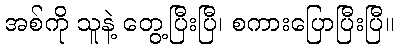
အစ်ကို သူနဲ့ တွေ့ပြီးပြီ၊ စကားပြောပြီးပြီ။